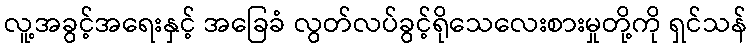
လူ့အခွင့်အရေးနှင့် အခြေခံ လွတ်လပ်ခွင့်ရိုသေလေးစားမှုတို့ကို ရှင်သန်